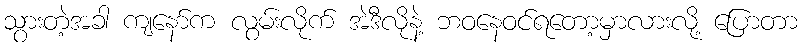
သွားတဲ့အခါ ကျနော်က လွမ်းလိုက် အဲဒီလိုနဲ့ ဘဝနေဝင်ရတော့မှာလားလို့ ပြောတာ